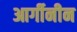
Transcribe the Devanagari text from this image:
आर्गीनीन